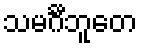
သမင်္ဂီဘူတေ